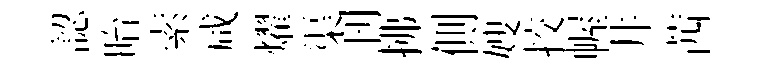
認眙索咸燿渠刊拂側嫂挍幄井茜